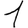
Digit: 1